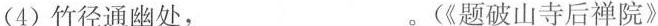
(4)竹径通幽处，_。(《题破山寺后禅院》）